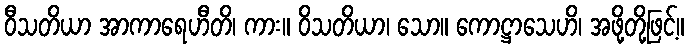
ဝီသတိယာ အာကာရေဟီတိ၊ ကား။ ဝိသတိယာ၊ သော။ ကောဋ္ဌာသေဟိ၊ အဖို့တို့ဖြင့်။